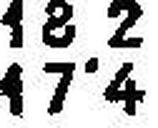
17°4